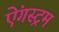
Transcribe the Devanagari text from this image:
ऐंगस्ट्रम